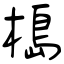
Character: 槝